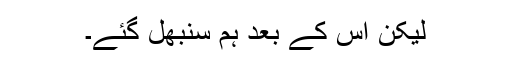
لیکن اس کے بعد ہم سنبھل گئے۔